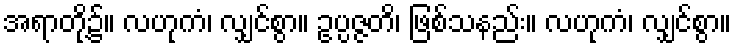
အရာတို့၌။ လဟုကံ၊ လျှင်စွာ။ ဥပ္ပဇ္ဇတိ၊ ဖြစ်သနည်း။ လဟုကံ၊ လျှင်စွာ။